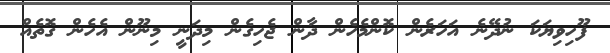
ފޫހިވިޔަކަ ނުދޭނެ އަހަރެން ކޮންމެހެން ދާން ޖެހިގެން މިދަނީ މިނޫން އެހެން ގޮތެއް